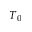
T _ { 0 }